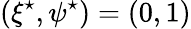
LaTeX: (\xi^{\star},\psi^{\star})=(0,1)